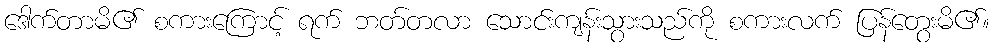
ဒေါက်တာမိ၏ စကားကြောင့် ရက် ဘတ်တလာ သောင်းကျန်းသွားသည်ကို စကားလက် ပြန်တွေးမိ၏။